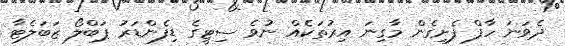
ދެވަނަ ހާފް ފެށިގެން މާގިނަ އިރުތަކެއް ނުވެ ސިޓީގެ ޑިފެންޑަރު ޕަބްލޯ ޒަބަލެޓާ